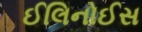
ઈલિનોઈસ